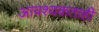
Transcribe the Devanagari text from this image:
आवश्यकताही